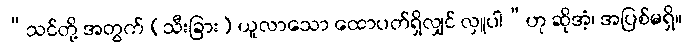
“သင်တို့ အတွက် (သီးခြား) ယူလာသော ထောပတ်ရှိလျှင် လှူပါ”ဟု ဆိုအံ့၊ အပြစ်မရှိ။